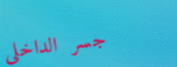
جسر الداخلي